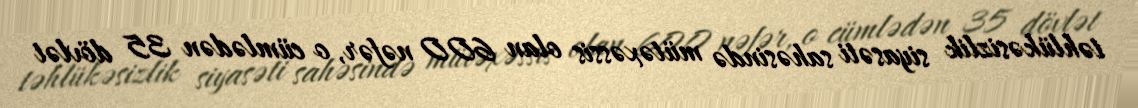
təhlükəsizlik siyasəti sahəsində mütəxəssis olan 600 nəfər, o cümlədən 35 dövlət